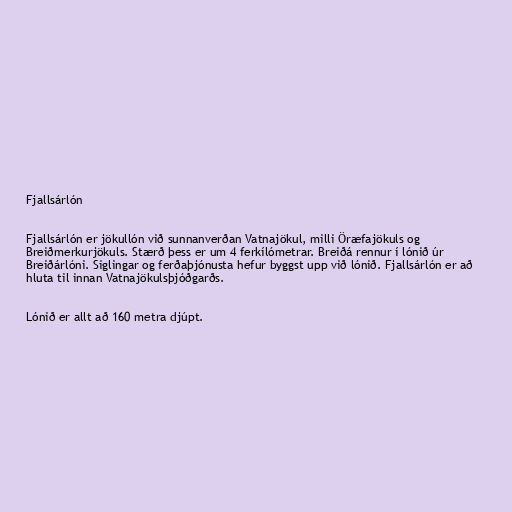
Fjallsárlón

Fjallsárlón er jökullón við sunnanverðan Vatnajökul, milli Öræfajökuls og
Breiðmerkurjökuls. Stærð þess er um 4 ferkílómetrar. Breiðá rennur í lónið úr
Breiðárlóni. Siglingar og ferðaþjónusta hefur byggst upp við lónið. Fjallsárlón er að
hluta til innan Vatnajökulsþjóðgarðs.

Lónið er allt að 160 metra djúpt.